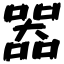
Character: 器